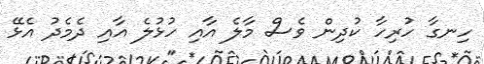
ހިނގާ ހުރިހާ ކުދިން ވެސް މާލެ އާއި ހުޅުލެ އާއި ދެމެދު އެޅޭ